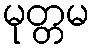
မုတ္တမ